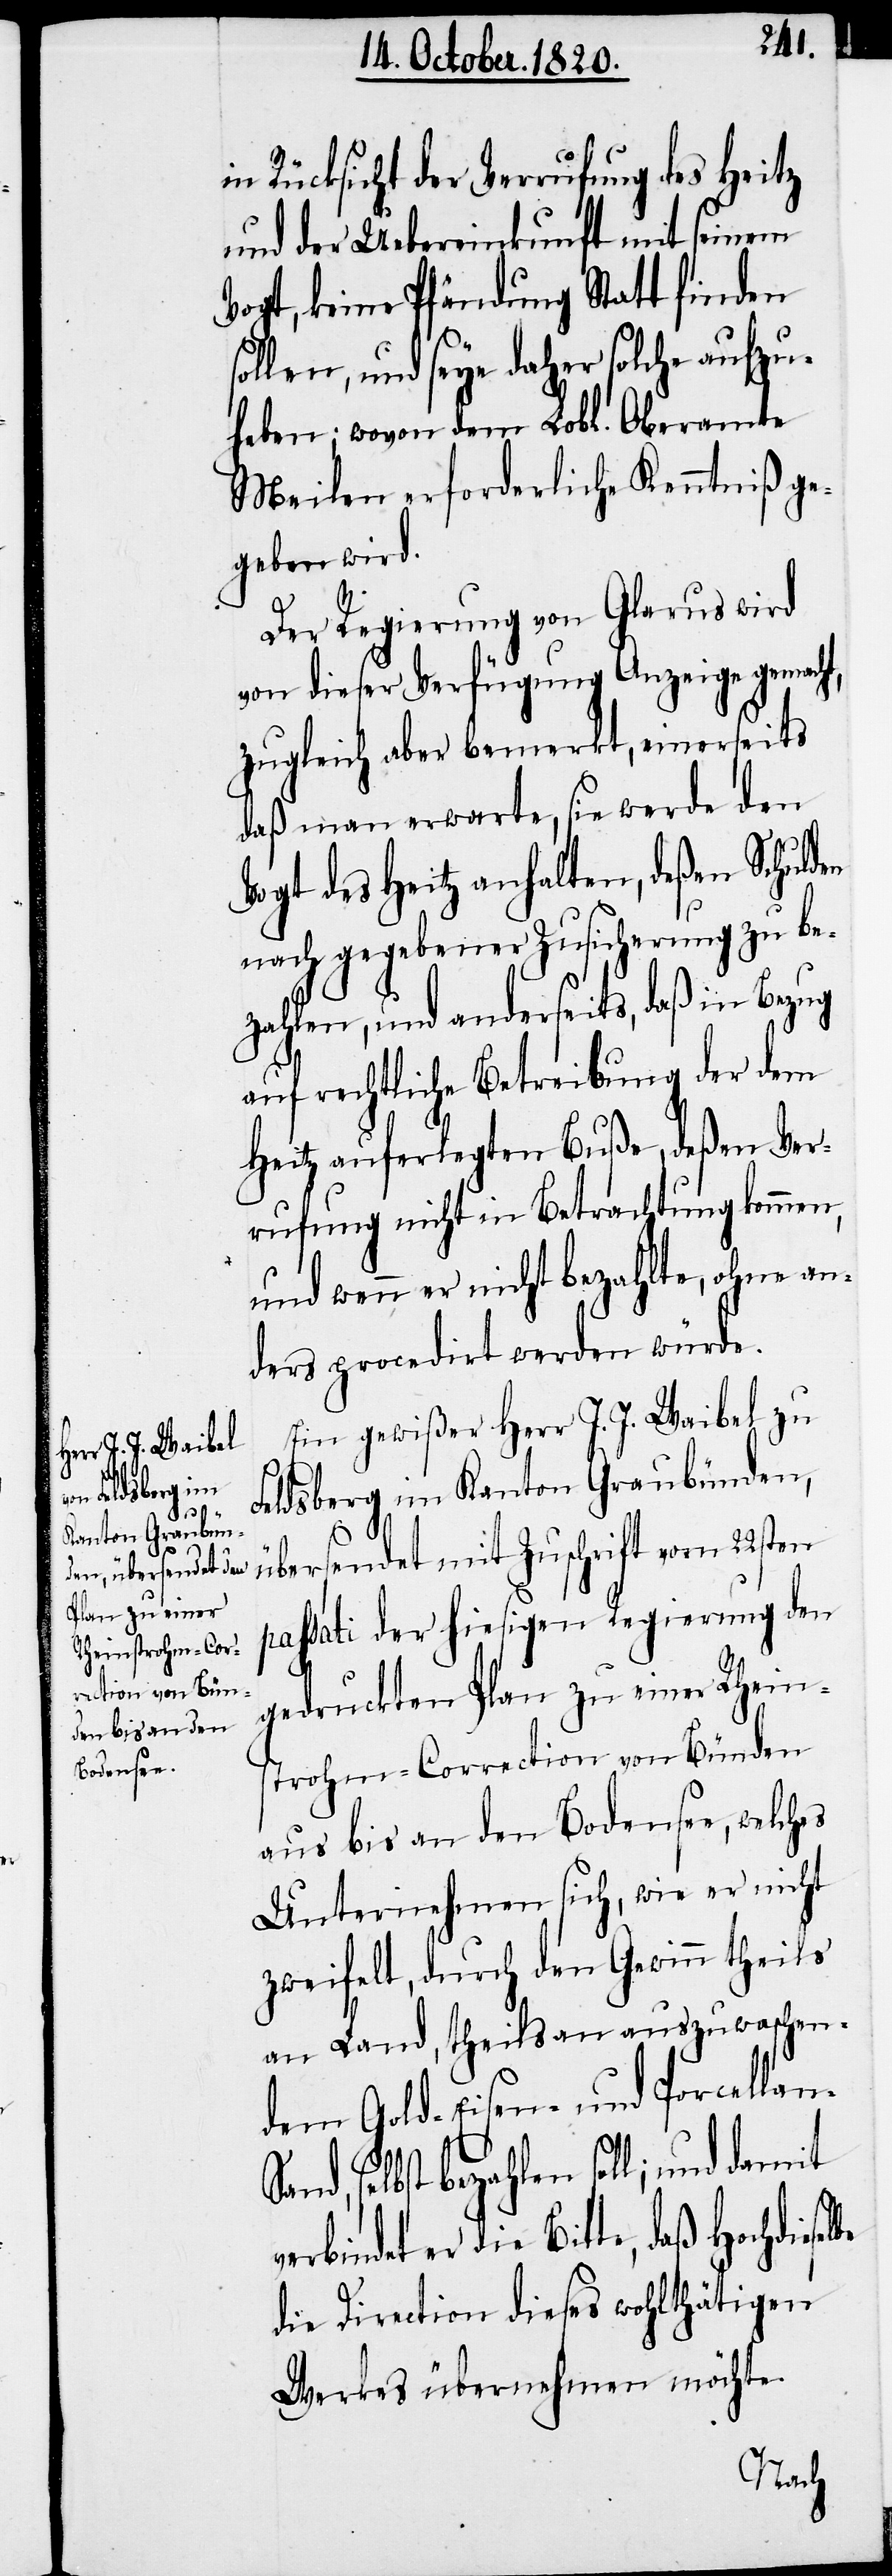
lbe

in Rücksicht der Verrufung des Heitz
und der Uebereinkunft mit seinem
Vogt, keine Pfändung Statt finden
sollen, und seye daher solche aufzu¬
heben; wovon dem Lobl. Oberamte
Meilen erforderliche Kenntniß ge¬
geben wird.
Der Regierung von Glarus wird
von dieser Verfügung Anzeige gemacht,
zugleich aber bemerkt, einerseits
daß man erwarte, sie werde den
Vogt des Heitz anhalten, deßen Schuld¬
nach gegebener Zusicherung zu be¬
zahlen, und anderseits, daß in Bezug
auf rechtliche Betreibung der dem
Heitz auferlegten Buße, deßen Ver¬
rufung nicht in Betrachtung kommen,
und wenn er nicht bezahlte, ohne an¬
ders procedirt werden würde.
Ein gewißer Herr J. J. Waibel zu
Feldsberg im Kanton Graubünden,
übersendet mit Zuschrift vom 22sten
passati der hiesigen Regierung den
gedruckten Plan zu einer Rheins¬
trohm-Correction von Bünden
aus bis an den Bodensee, welches
Unternehmen sich, wie er nicht
zweifelt, durch den Gewinn theils
an Land, theils an auszuwaschen¬
dem Gold- Eisen- und Porcella¬
and, selbst bezahlen soll; und damit
er die Bitte, daß Hochdiese¬
die Direction dieses wohlthätigen
Werkes übernehmen möchte.